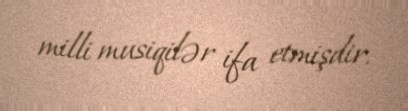
milli musiqilər ifa etmişdir.